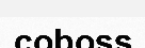
coboss